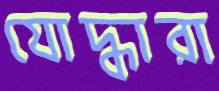
যোদ্ধারা